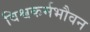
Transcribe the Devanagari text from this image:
विश्वकर्मभौवन